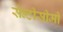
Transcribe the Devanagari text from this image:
सेन्टीसीमी